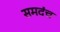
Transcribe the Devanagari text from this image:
समदंच